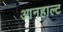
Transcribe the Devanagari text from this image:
आनहाल्ट